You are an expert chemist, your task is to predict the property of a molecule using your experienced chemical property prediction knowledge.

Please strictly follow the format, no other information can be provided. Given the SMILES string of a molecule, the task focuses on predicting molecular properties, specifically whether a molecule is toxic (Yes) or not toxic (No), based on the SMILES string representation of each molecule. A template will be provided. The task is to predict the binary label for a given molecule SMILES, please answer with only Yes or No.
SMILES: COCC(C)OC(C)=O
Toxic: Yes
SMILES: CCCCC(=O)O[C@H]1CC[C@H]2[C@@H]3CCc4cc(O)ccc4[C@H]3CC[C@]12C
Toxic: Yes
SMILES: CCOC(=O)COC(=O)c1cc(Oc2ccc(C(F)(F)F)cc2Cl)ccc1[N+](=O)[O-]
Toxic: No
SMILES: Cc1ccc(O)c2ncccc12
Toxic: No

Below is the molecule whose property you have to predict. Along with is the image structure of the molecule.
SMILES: C[C@H]1O[C@H](O[C@@H]2[C@@H](O)[C@@H](O)[C@H](O)[C@H](O)[C@H]2O)[C@@H](N)C[C@@H]1NC(=N)C(=O)O
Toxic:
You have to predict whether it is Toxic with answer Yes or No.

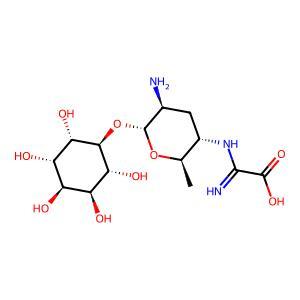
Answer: No